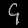
Digit: ၄